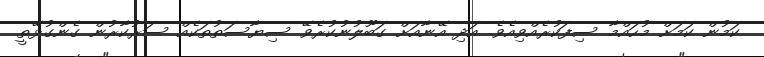
ކަމުން ކަމަށް މުހައްމާ ސިފަކުރެއްވިއެވެ. އަދި އޭނާއަށް ގަބޫލުނުކުރެވޭ ސިޔާސަތުތަކެއް ސަރުކާރުން ގެންގުޅޭތީ